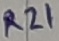
Text: R21